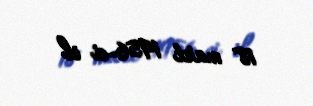
18 mart 1956-ci il